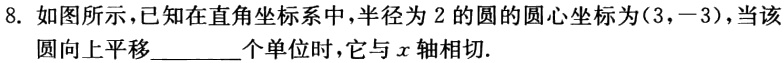
8. 如图所示，已知在直角坐标系中，半径为2的圆的圆心坐标为\((3,-3)\)，当该圆向上平移________个单位时，它与\(x\)轴相切.